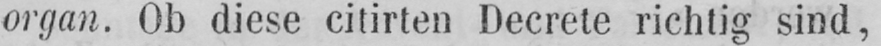
organ. Ob diese citirten Decrete richtig sind,